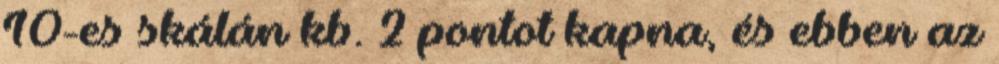
10-es skálán kb. 2 pontot kapna, és ebben az